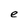
Character: e